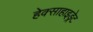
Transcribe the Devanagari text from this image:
हेक्साहाइड्रेट